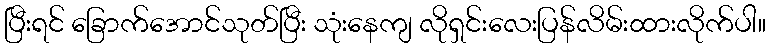
ပြီးရင် ခြောက်အောင်သုတ်ပြီး သုံးနေကျ လိုရှင်းလေးပြန်လိမ်းထားလိုက်ပါ။